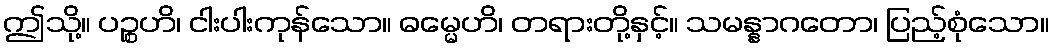
ဤသို့။ ပဉ္စဟိ၊ ငါးပါးကုန်သော။ ဓမ္မေဟိ၊ တရားတို့နှင့်။ သမန္နာဂတော၊ ပြည့်စုံသော။